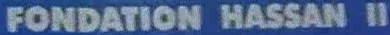
FONDATION HASSAN II